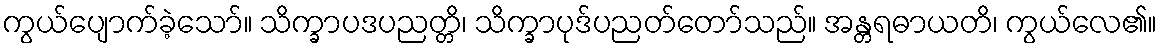
ကွယ်ပျောက်ခဲ့သော်။ သိက္ခာပဒပညတ္တိ၊ သိက္ခာပုဒ်ပညတ်တော်သည်။ အန္တရဓာယတိ၊ ကွယ်လေ၏။